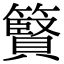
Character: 䉯